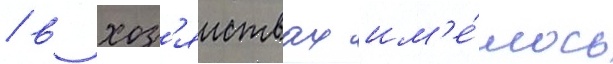
/ в хоз'яиствах им'е́лось